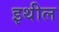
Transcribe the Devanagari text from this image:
इथील